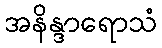
အနိန္ဒာရောသံ